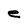
Character: e